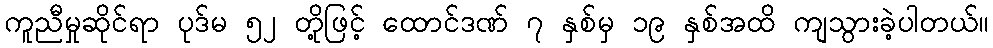
ကူညီမှုဆိုင်ရာ ပုဒ်မ ၅၂ တို့ဖြင့် ထောင်ဒဏ် ၇ နှစ်မှ ၁၉ နှစ်အထိ ကျသွားခဲ့ပါတယ်။